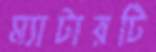
ম্যাটারটি